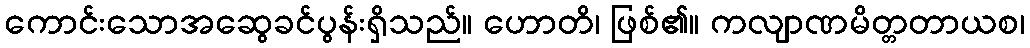
ကောင်းသောအဆွေခင်ပွန်းရှိသည်။ ဟောတိ၊ ဖြစ်၏။ ကလျာဏမိတ္တတာယစ၊